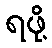
ရဖို့